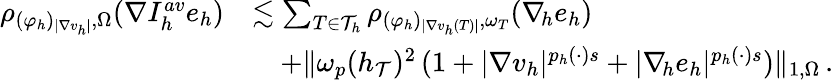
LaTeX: \begin{array}{r}{\begin{array}{rl}{\rho_{(\varphi_{h})_{\vert\nabla v_{h}\vert},\Omega}(\nabla I_{h}^{\textit{av}}e_{h})}&{\lesssim\sum_{T\in\mathcal{T}_{h}}{\rho_{(\varphi_{h})_{\vert\nabla v_{h}(T)\vert},\omega_{T}}(\nabla_{\! h}e_{h})}}\\ &{\quad+\| \omega_{p}(h_{\mathcal{T}})^{2}\, (1+\vert\nabla v_{h}\vert^{p_{h}(\cdot)s}+\vert\nabla_{\! h}e_{h}\vert^{p_{h}(\cdot)s})\| _{1,\Omega}\, .}\end{array}}\end{array}